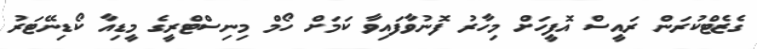
ގެޒެޓްކުރަން ރައީސް އޮފީހަށް މިހާރު ފޮނުވާފައިވާ ކަމަށް ހޯމް މިނިސްޓްރީގެ މީޑިއާ ކޯޑިނޭޓަރު